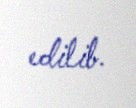
edilib.